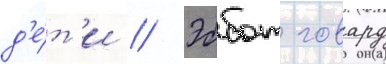
д'е́т'и // Эббот говард